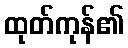
ထုတ်ကုန်၏